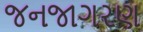
જનજાગરણ